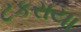
ટકરાયા